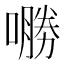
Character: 𱔟